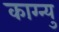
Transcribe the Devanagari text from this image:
काग्न्यु